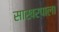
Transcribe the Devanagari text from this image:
साखरपाला